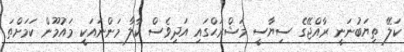
ކަލޭ ތިޔަބުނަނީ ރާއްޖޭގެ ސިޔާސީ މަޝްރަޙްގައި އަދިވެސް ކާލާ މަންނައަކީ މައުމޫން ކަމަށްތަ